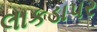
લાકડાપર